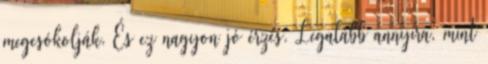
megcsókolják. És ez nagyon jó érzés. Legalább annyira, mint